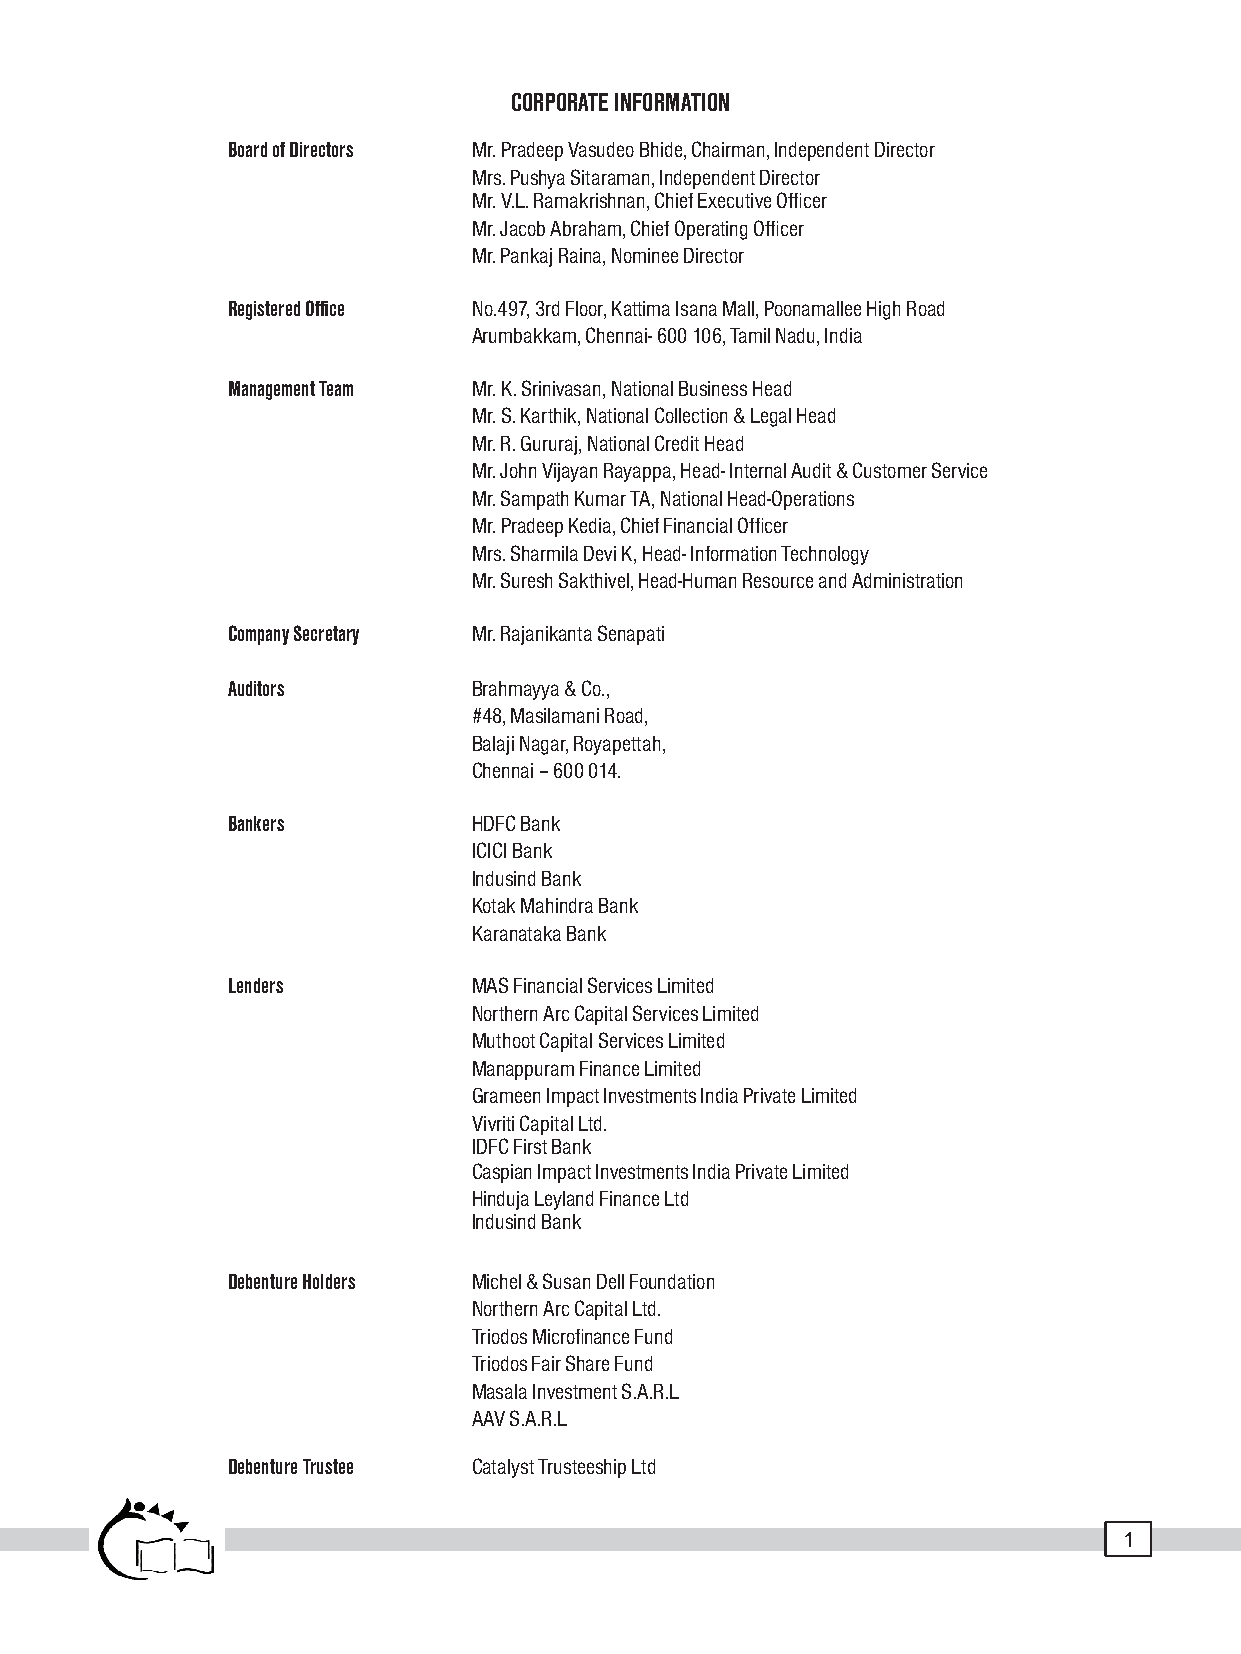
CORPORATE INFORMATION
 Board of Directors Mr. Pradeep Vasudeo Bhide, Chairman, Independent Director
 Mrs. Pushya Sitaraman, Independent Director
 Mr. V.L. Ramakrishnan, Chief Executive Officer
 Mr. Jacob Abraham, Chief Operating Officer
 Mr. Pankaj Raina, Nominee Director
 Registered Office No.497, 3rd Floor, Kattima Isana Mall, Poonamallee High Road
 Arumbakkam, Chennai- 600 106, Tamil Nadu, India
 Management Team Mr. K. Srinivasan, National Business Head
 Mr. S. Karthik, National Collection & Legal Head
 Mr. R. Gururaj, National Credit Head
 Mr. John Vijayan Rayappa, Head- Internal Audit & Customer Service
 Mr. Sampath Kumar TA, National Head-Operations
 Mr. Pradeep Kedia, Chief Financial Officer
 Mrs. Sharmila Devi K, Head- Information Technology
 Mr. Suresh Sakthivel, Head-Human Resource and Administration
 Company Secretary Mr. Rajanikanta Senapati
 Auditors        Brahmayya & Co.,
 #48, Masilamani Road,
 Balaji Nagar, Royapettah,
 Chennai – 600 014.
 Bankers         HDFC Bank
 ICICI Bank
 Indusind Bank
 Kotak Mahindra Bank
 Karanataka Bank
 Lenders         MAS Financial Services Limited
 Northern Arc Capital Services Limited
 Muthoot Capital Services Limited
 Manappuram Finance Limited
 Grameen Impact Investments India Private Limited
 Vivriti Capital Ltd.
 IDFC First Bank
 Caspian Impact Investments India Private Limited
 Hinduja Leyland Finance Ltd
 Indusind Bank
 Debenture Holders Michel & Susan Dell Foundation
 Northern Arc Capital Ltd.
 Triodos Microfinance Fund
 Triodos Fair Share Fund
 Masala Investment S.A.R.L
 AAV S.A.R.L
 Debenture Trustee Catalyst Trusteeship Ltd
 1